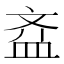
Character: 𱌘